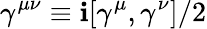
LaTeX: \gamma^{\mu\nu}\equiv\mathbf{i}[\gamma^{\mu},\gamma^{\nu}]/2